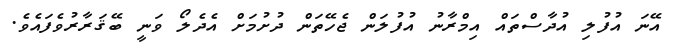
އޭނަ އުފުލި އުދާސްތައް އިމްރާނު އުފުލަން ޖެހޭތަން ދުށުމަށް އެދެލޯ ވަނީ ބޭޤަރާރުވެފައެވެ.